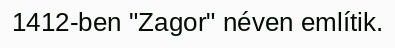
1412-ben "Zagor" néven említik.